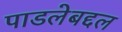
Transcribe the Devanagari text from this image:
पाडलेबद्दल